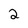
Character: 2